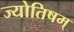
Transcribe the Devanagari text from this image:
ज्योतिषम्